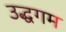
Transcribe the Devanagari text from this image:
उद्धगम